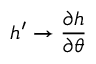
h ^ { \prime } \rightarrow \frac { \partial h } { \partial \theta }